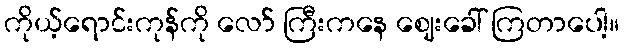
ကိုယ့်ရောင်းကုန်ကို လော် ကြီးကနေ ဈေးခေါ် ကြတာပေါ့။